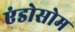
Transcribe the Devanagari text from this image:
एंडोसोम